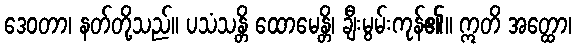
ဒေဝတာ၊ နတ်တို့သည်။ ပသံသန္တိ ထောမေန္တိ၊ ချီးမွမ်းကုန်၏။ ဣတိ အတ္ထော၊